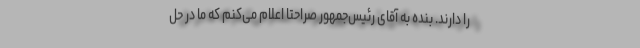
را دارند. بنده به آقای رئیس‌جمهور صراحتا اعلام می‌کنم که ما در حل